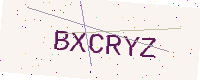
Text: BXCRYZ